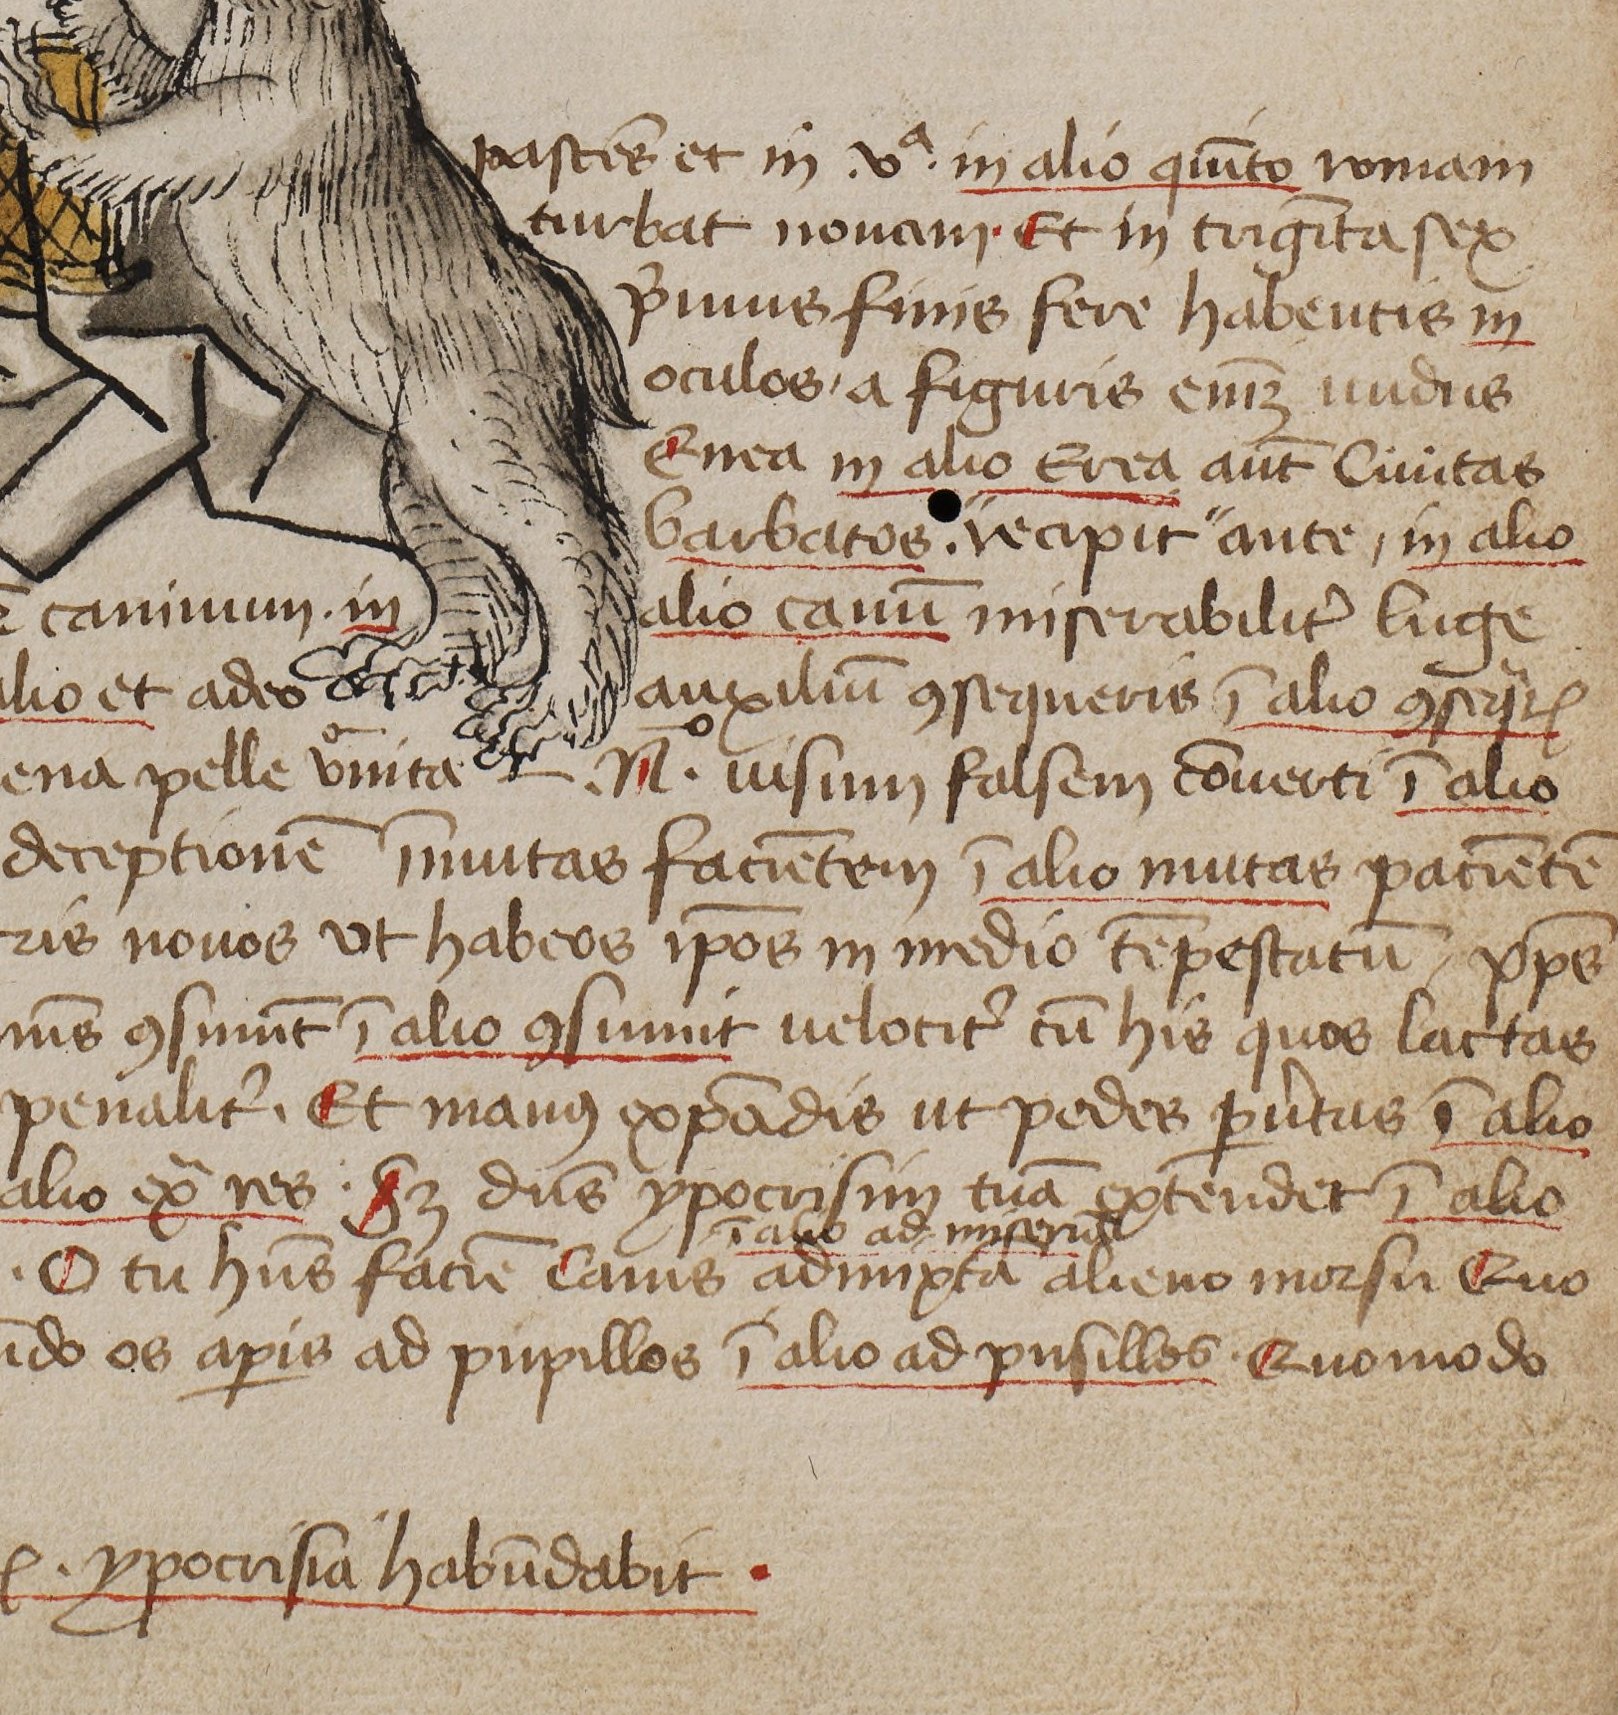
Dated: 1444–1449